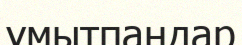
үмытпаңдар